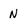
Character: N